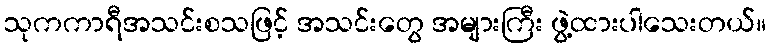
သုကကာရီအသင်းစသဖြင့် အသင်းတွေ အများကြီး ဖွဲ့ထားပါသေးတယ်။